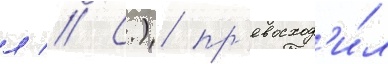
л // С.) пр'евосход'и́л